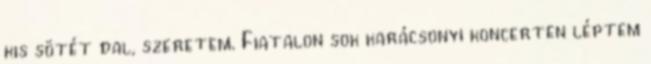
kis sötét dal, szeretem. Fiatalon sok karácsonyi koncerten léptem